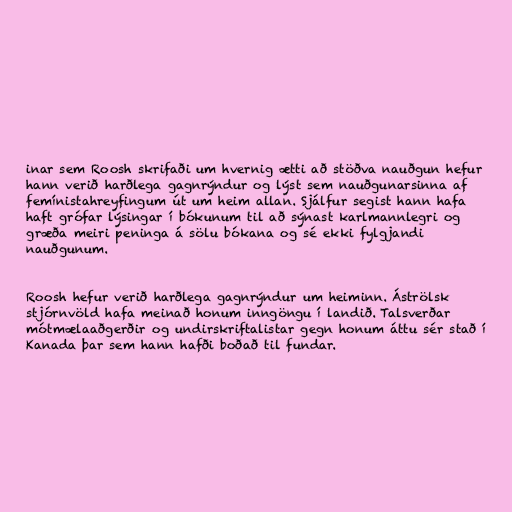
inar sem Roosh skrifaði um hvernig ætti að stöðva nauðgun hefur
hann verið harðlega gagnrýndur og lýst sem nauðgunarsinna af
femínistahreyfingum út um heim allan. Sjálfur segist hann hafa
haft grófar lýsingar í bókunum til að sýnast karlmannlegri og
græða meiri peninga á sölu bókana og sé ekki fylgjandi
nauðgunum.

Roosh hefur verið harðlega gagnrýndur um heiminn. Áströlsk
stjórnvöld hafa meinað honum inngöngu í landið. Talsverðar
mótmælaaðgerðir og undirskriftalistar gegn honum áttu sér stað í
Kanada þar sem hann hafði boðað til fundar.